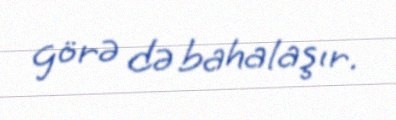
görə də bahalaşır.